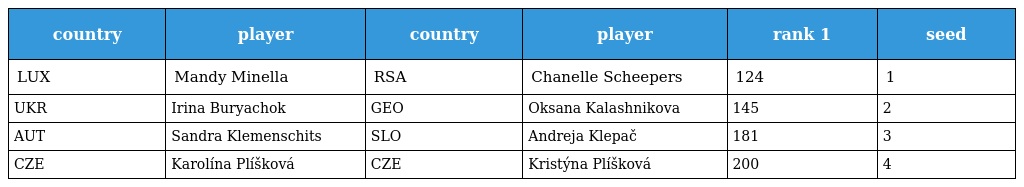
| country | player | country | player | rank 1 | seed |
 | --- | --- | --- | --- | --- | --- |
 | LUX | Mandy Minella | RSA | Chanelle Scheepers | 124 | 1 |
 | UKR | Irina Buryachok | GEO | Oksana Kalashnikova | 145 | 2 |
 | AUT | Sandra Klemenschits | SLO | Andreja Klepač | 181 | 3 |
 | CZE | Karolína Plíšková | CZE | Kristýna Plíšková | 200 | 4 |